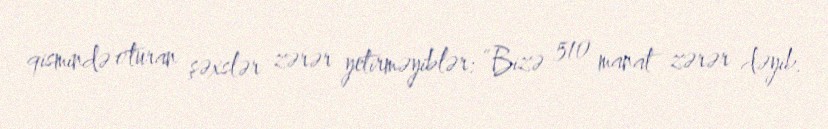
qismində oturan şəxslər zərər yetirməyiblər: “Bizə 510 manat zərər dəyib.